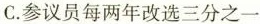
C.参议员每两年改选三分之一